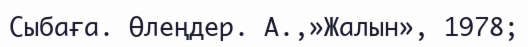
Сыбаға. Өлеңдер. А.,»Жалын», 1978;